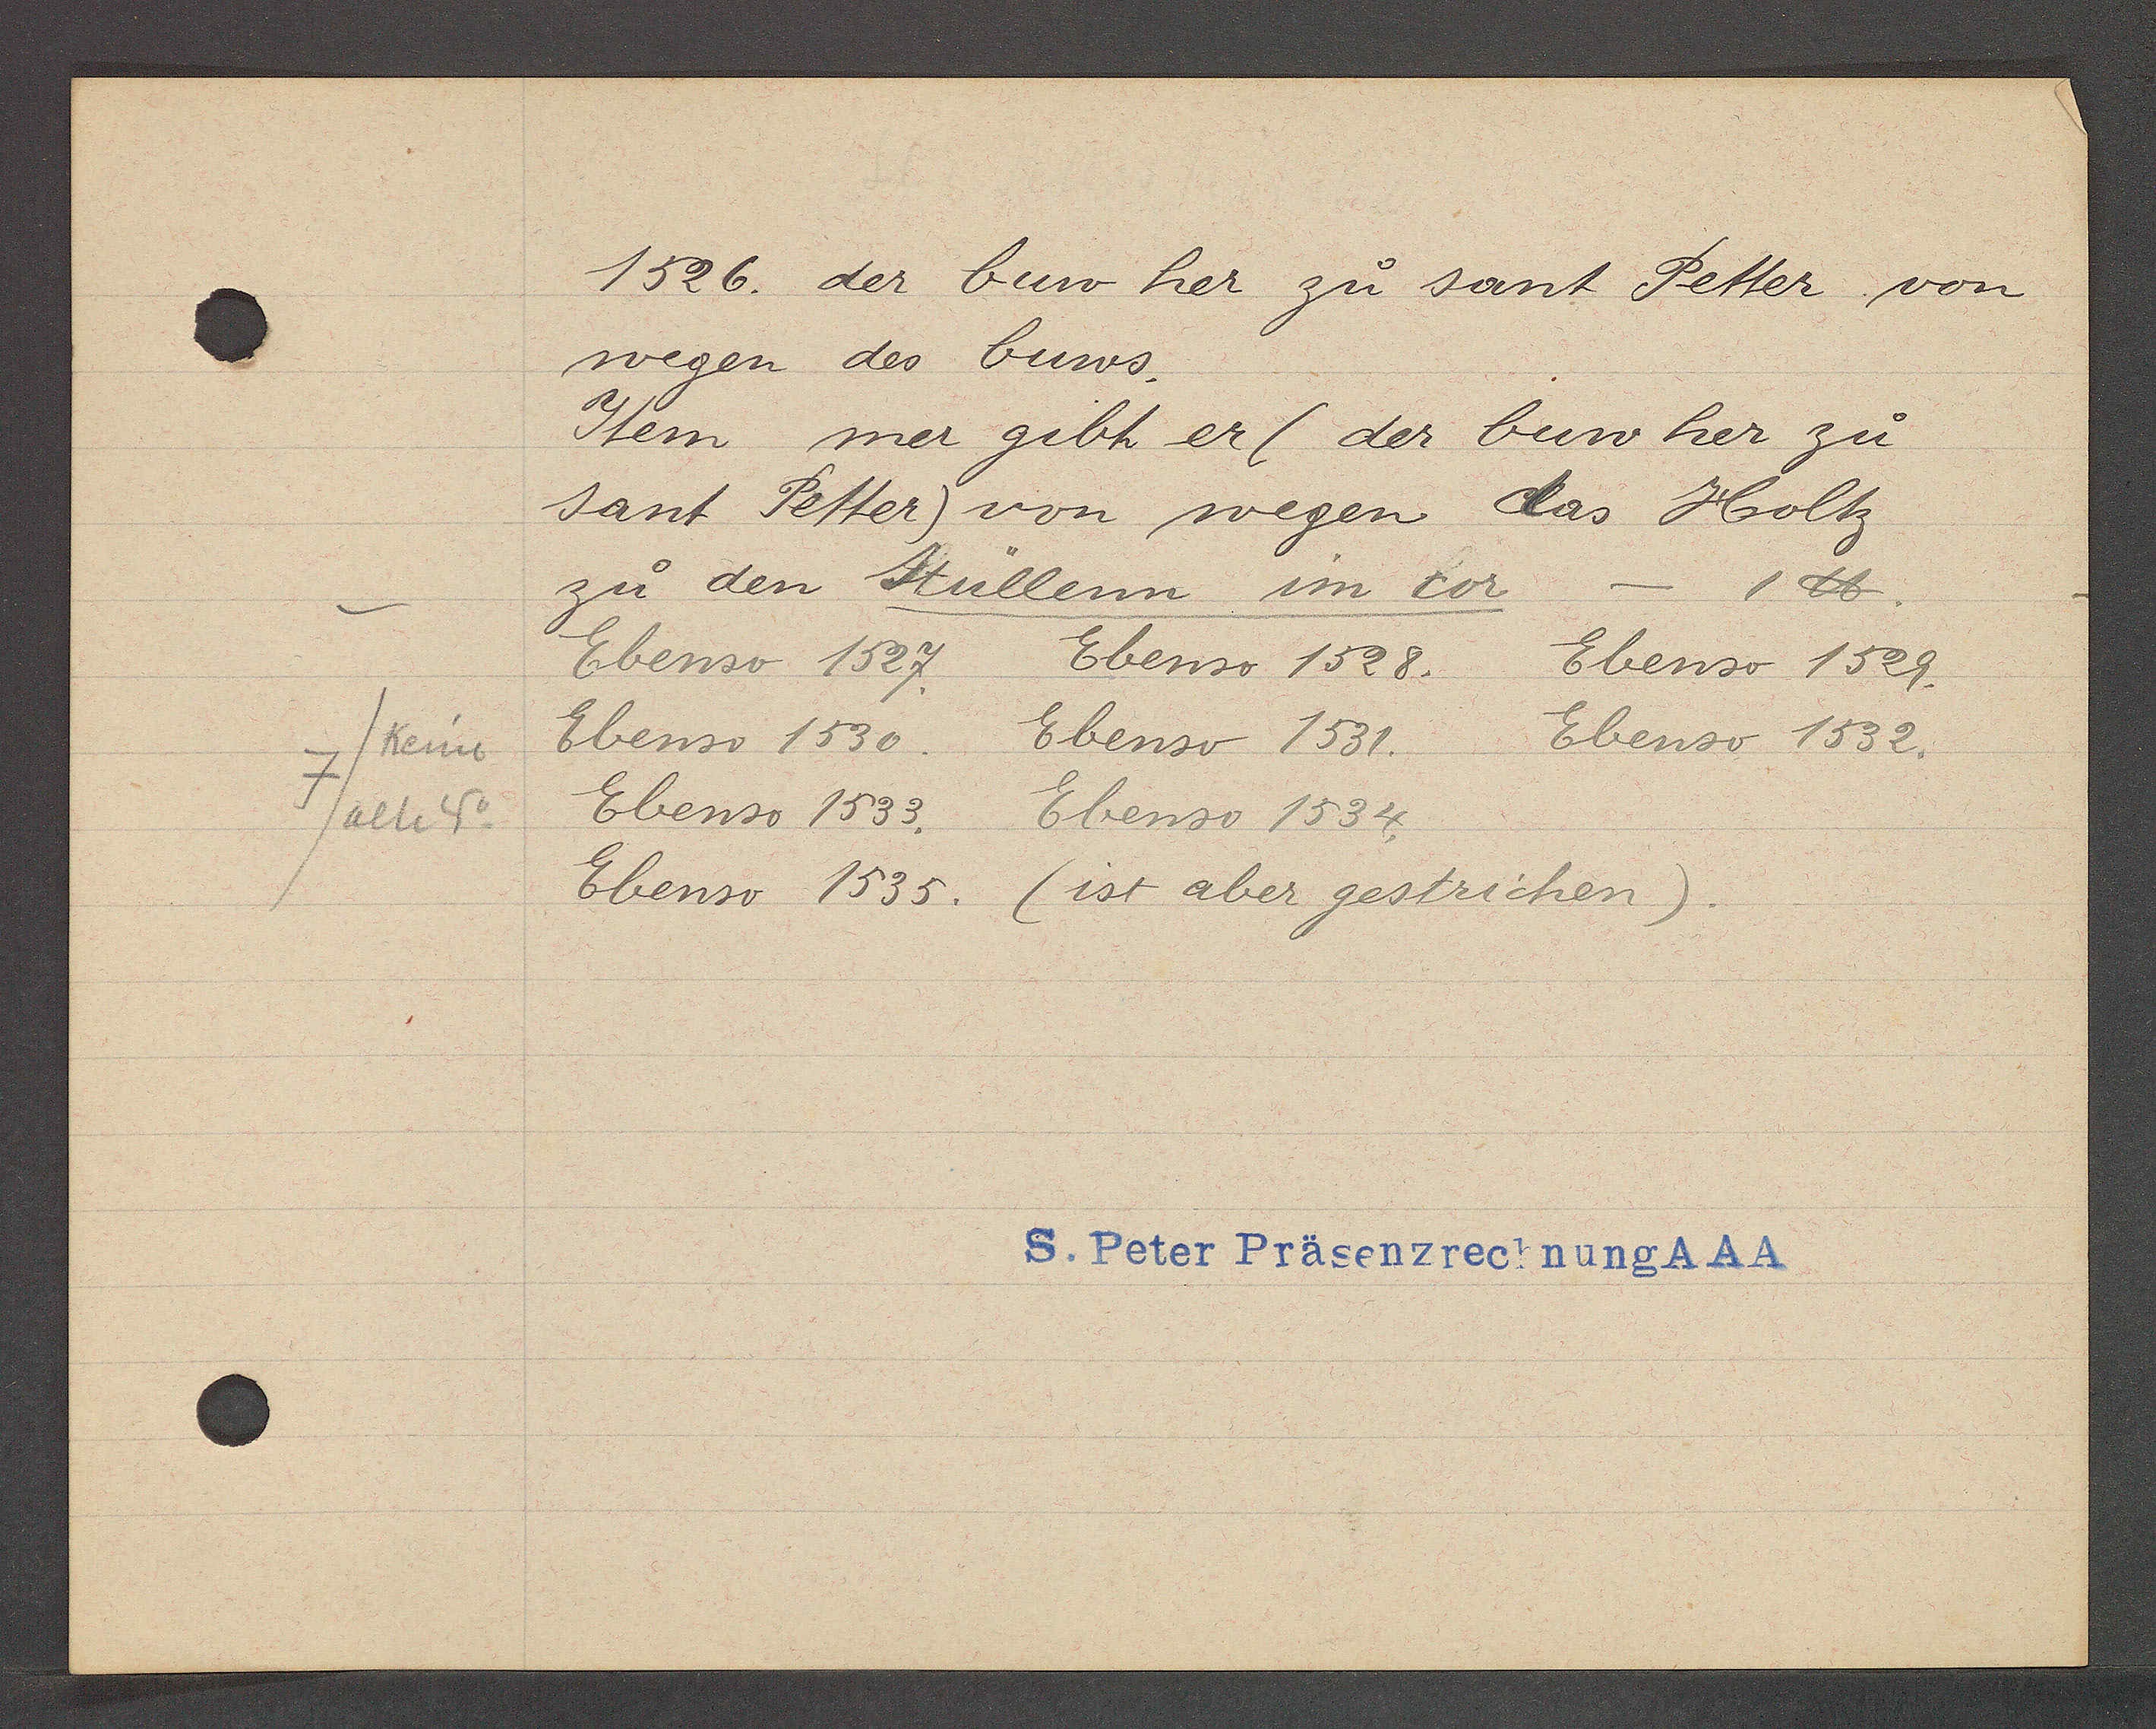
Transcript:
keine
7/alte 4

1526. der buw her zu sant Petter von
wegen des buws.

Item mer gibt er (der buw her zu
sant Petter) von wegen das Holtz
zu den Stüllenn im cor
Ebenso 1527.
Ebenso 1530.
Ebenso 1533. Ebenso 1534.
Ebenso 1535. (ist aber gestrichen).
Ebenso 1531.
Ebenso 1528.
Ebenso 1532.
Ebenso 1529.
1℔

S. Peter Präsenzrechnung AAA